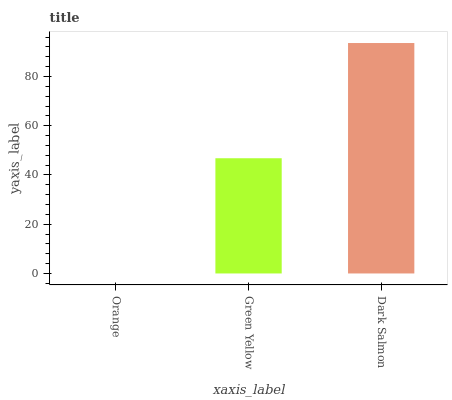
| xaxis_label | bars |
 | --- | --- |
 | Orange | 0 |
 | Green Yellow | 46.8 |
 | Dark Salmon | 93.6 |